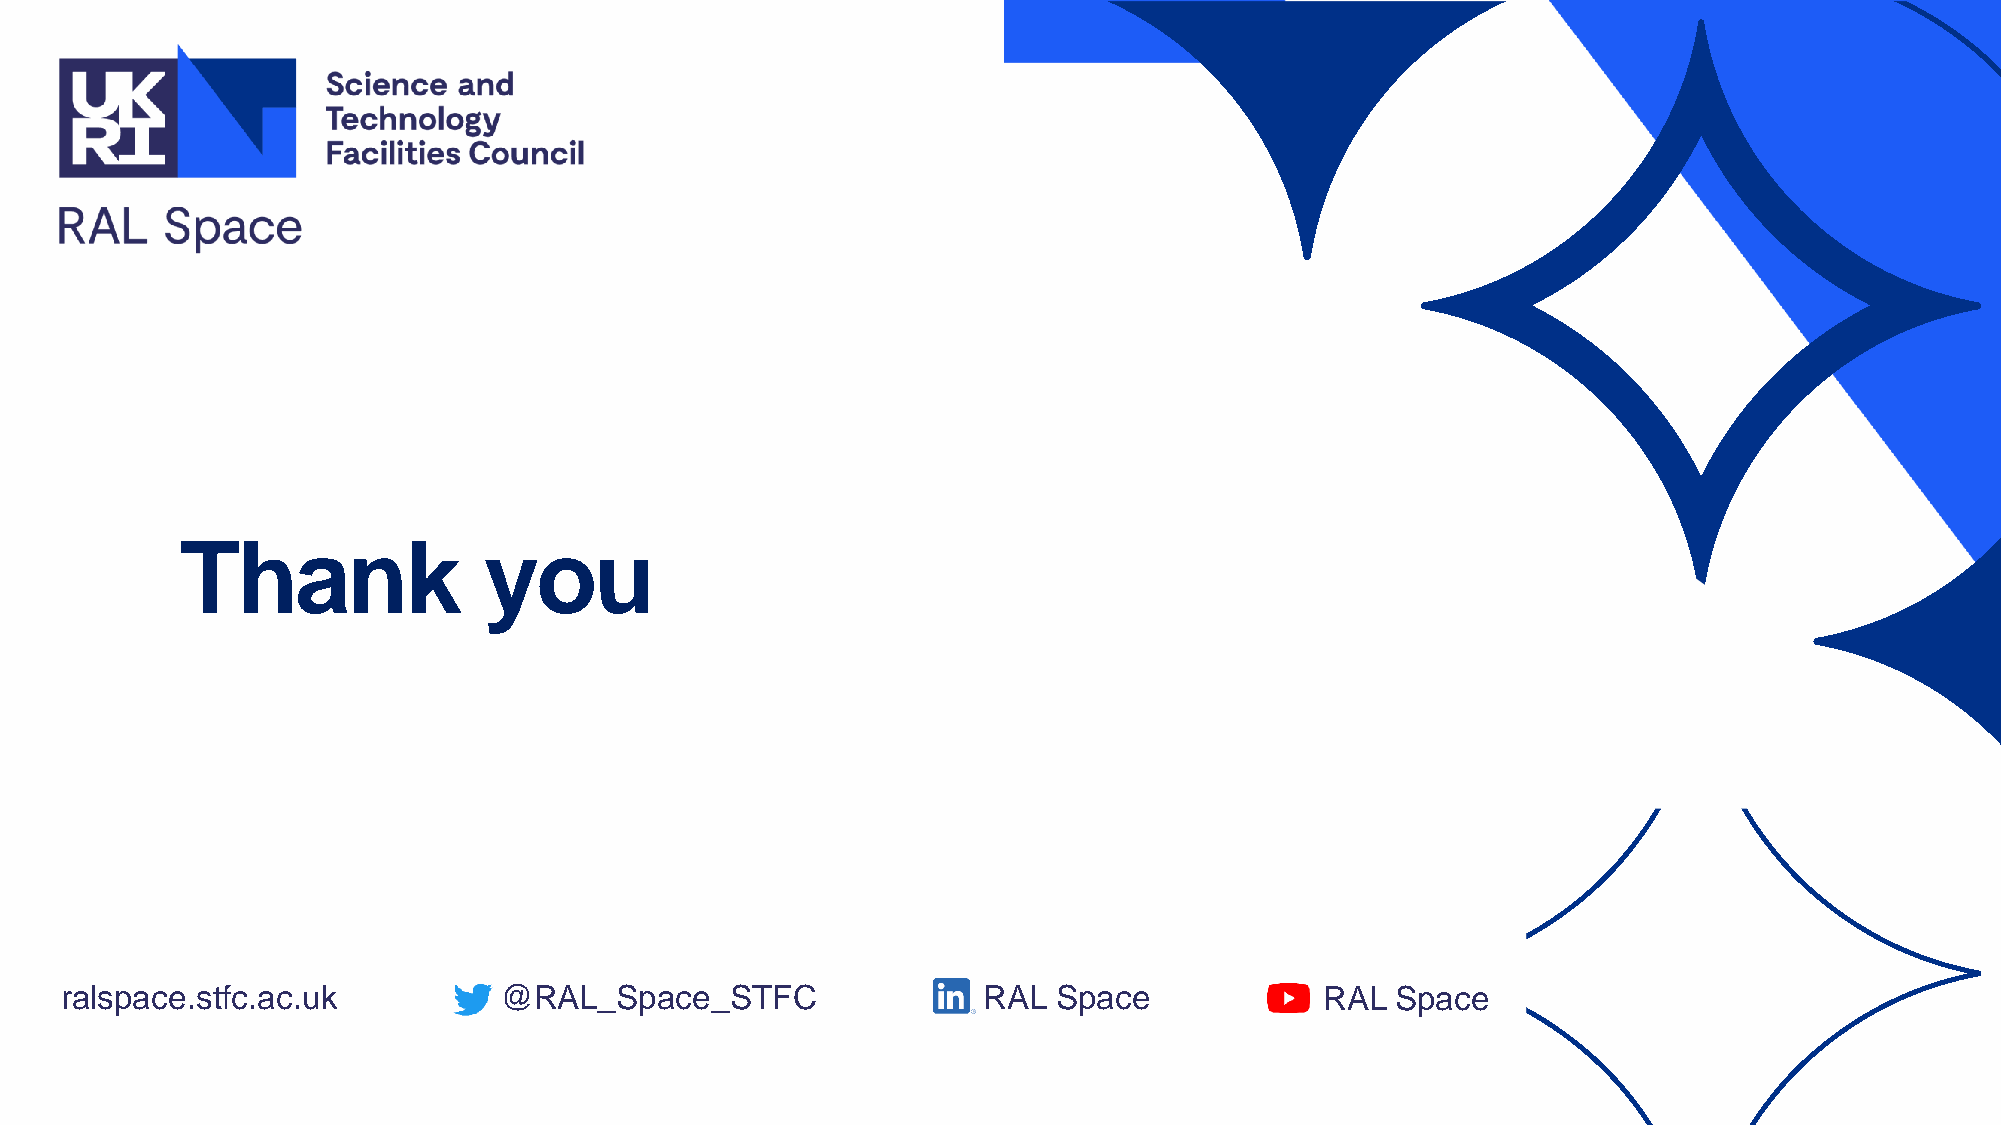
Thank               you
 ralspace.stfc.ac.uk          @RAL_Space_STFC                 RAL  Space             RAL Space